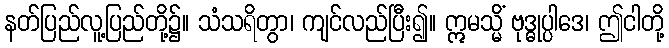
နတ်ပြည်လူ့ပြည်တို့၌။ သံသရိတွာ၊ ကျင်လည်ပြီး၍။ ဣမသ္မိံ ဗုဒ္ဓုပ္ပါဒေ၊ ဤငါတို့